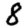
Digit: 8